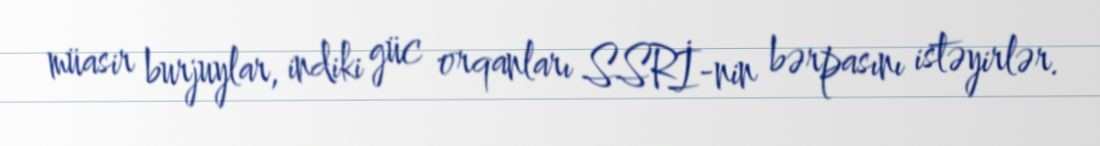
müasir burjuylar, indiki güc orqanları SSRİ-nin bərpasını istəyirlər.